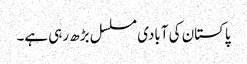
پاکستان کی آبادی مسلسل بڑھ رہی ہے۔